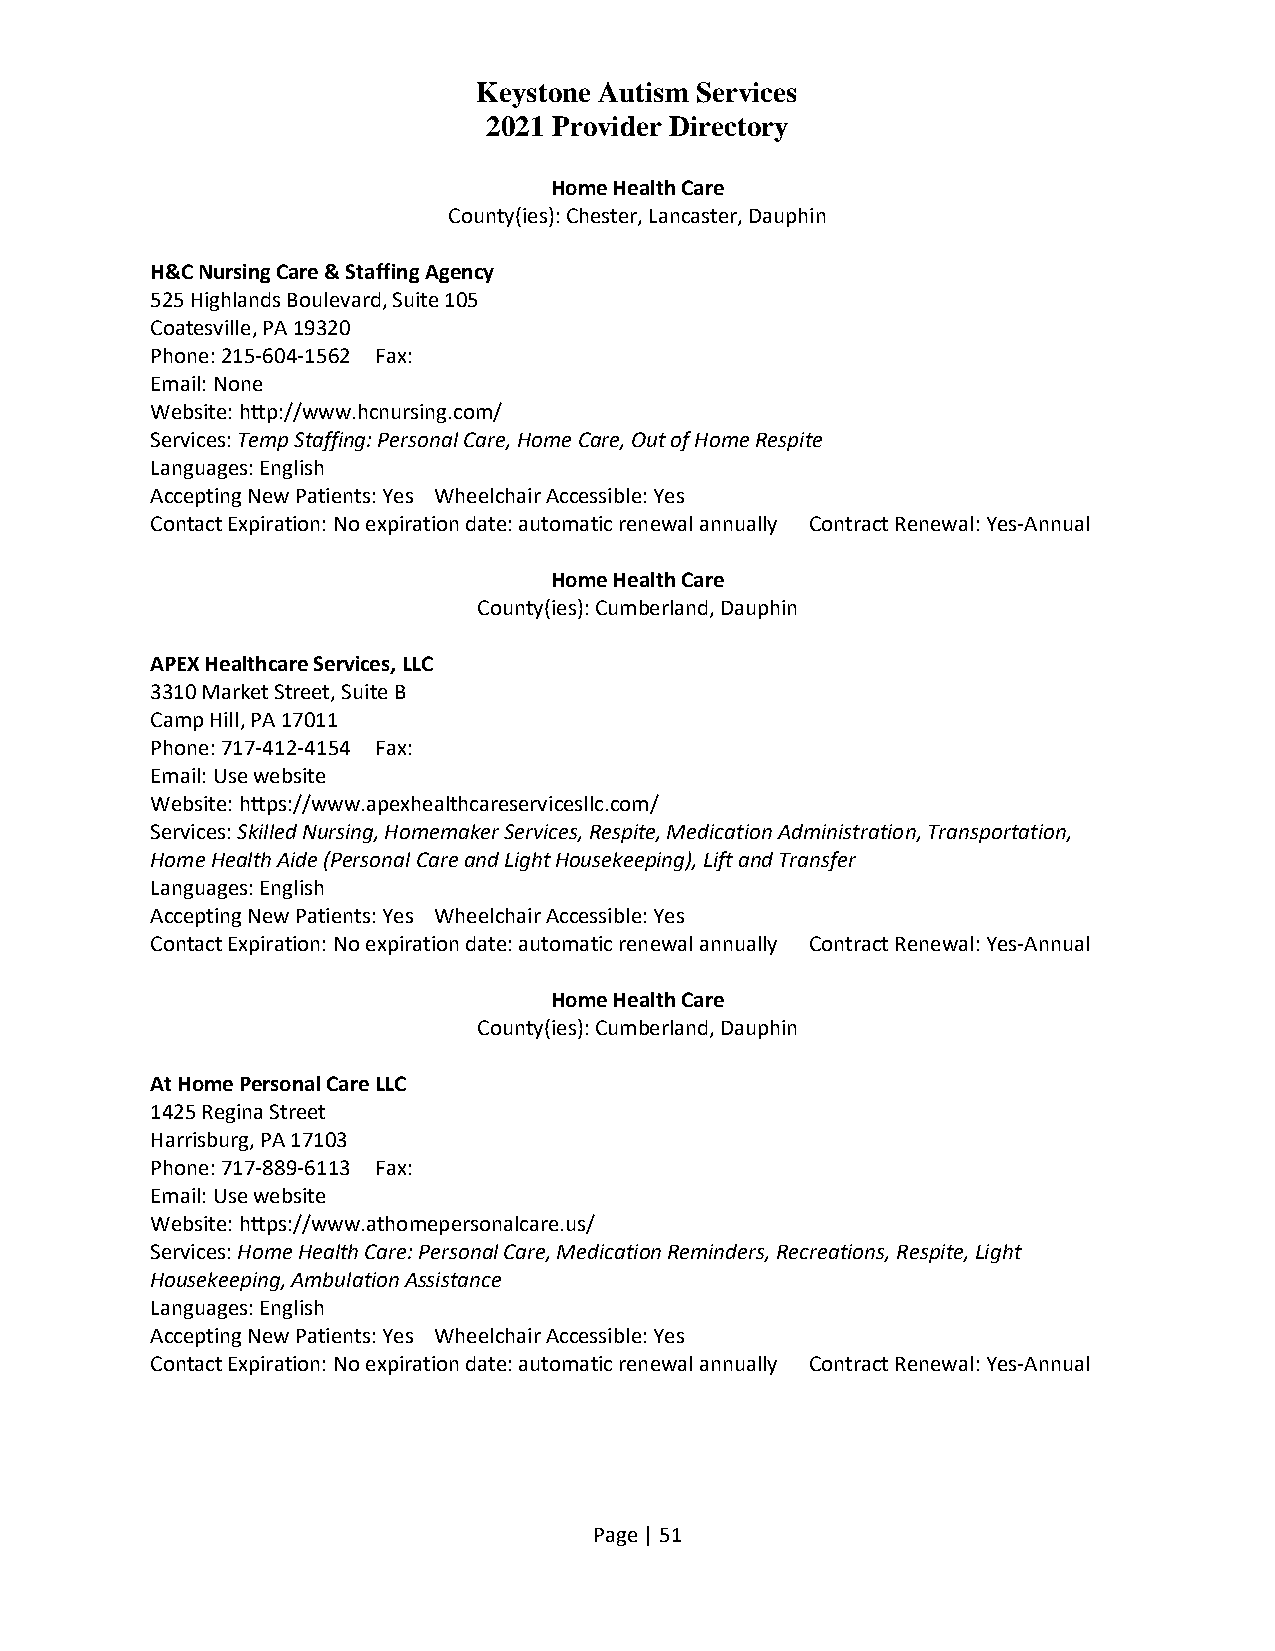
Keystone Autism Services
 2021 Provider Directory
 Home Health Care
 County(ies): Chester, Lancaster, Dauphin
 H&C Nursing Care & Staffing Agency
 525 Highlands Boulevard, Suite 105
 Coatesville, PA 19320
 Phone: 215-604-1562 Fax:
 Email: None
 Website: http://www.hcnursing.com/
 Services: Temp Staffing: Personal Care, Home Care, Out of Home Respite
 Languages: English
 Accepting New Patients: Yes Wheelchair Accessible: Yes
 Contact Expiration: No expiration date: automatic renewal annually Contract Renewal: Yes-Annual
 Home Health Care
 County(ies): Cumberland, Dauphin
 APEX Healthcare Services, LLC
 3310 Market Street, Suite B
 Camp Hill, PA 17011
 Phone: 717-412-4154 Fax:
 Email: Use website
 Website: https://www.apexhealthcareservicesllc.com/
 Services: Skilled Nursing, Homemaker Services, Respite, Medication Administration, Transportation,
 Home Health Aide (Personal Care and Light Housekeeping), Lift and Transfer
 Languages: English
 Accepting New Patients: Yes Wheelchair Accessible: Yes
 Contact Expiration: No expiration date: automatic renewal annually Contract Renewal: Yes-Annual
 Home Health Care
 County(ies): Cumberland, Dauphin
 At Home Personal Care LLC
 1425 Regina Street
 Harrisburg, PA 17103
 Phone: 717-889-6113 Fax:
 Email: Use website
 Website: https://www.athomepersonalcare.us/
 Services: Home Health Care: Personal Care, Medication Reminders, Recreations, Respite, Light
 Housekeeping, Ambulation Assistance
 Languages: English
 Accepting New Patients: Yes Wheelchair Accessible: Yes
 Contact Expiration: No expiration date: automatic renewal annually Contract Renewal: Yes-Annual
 Page | 51